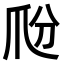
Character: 𤓼